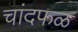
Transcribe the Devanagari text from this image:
चांदफळ